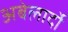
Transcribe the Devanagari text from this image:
अबेलार्दो